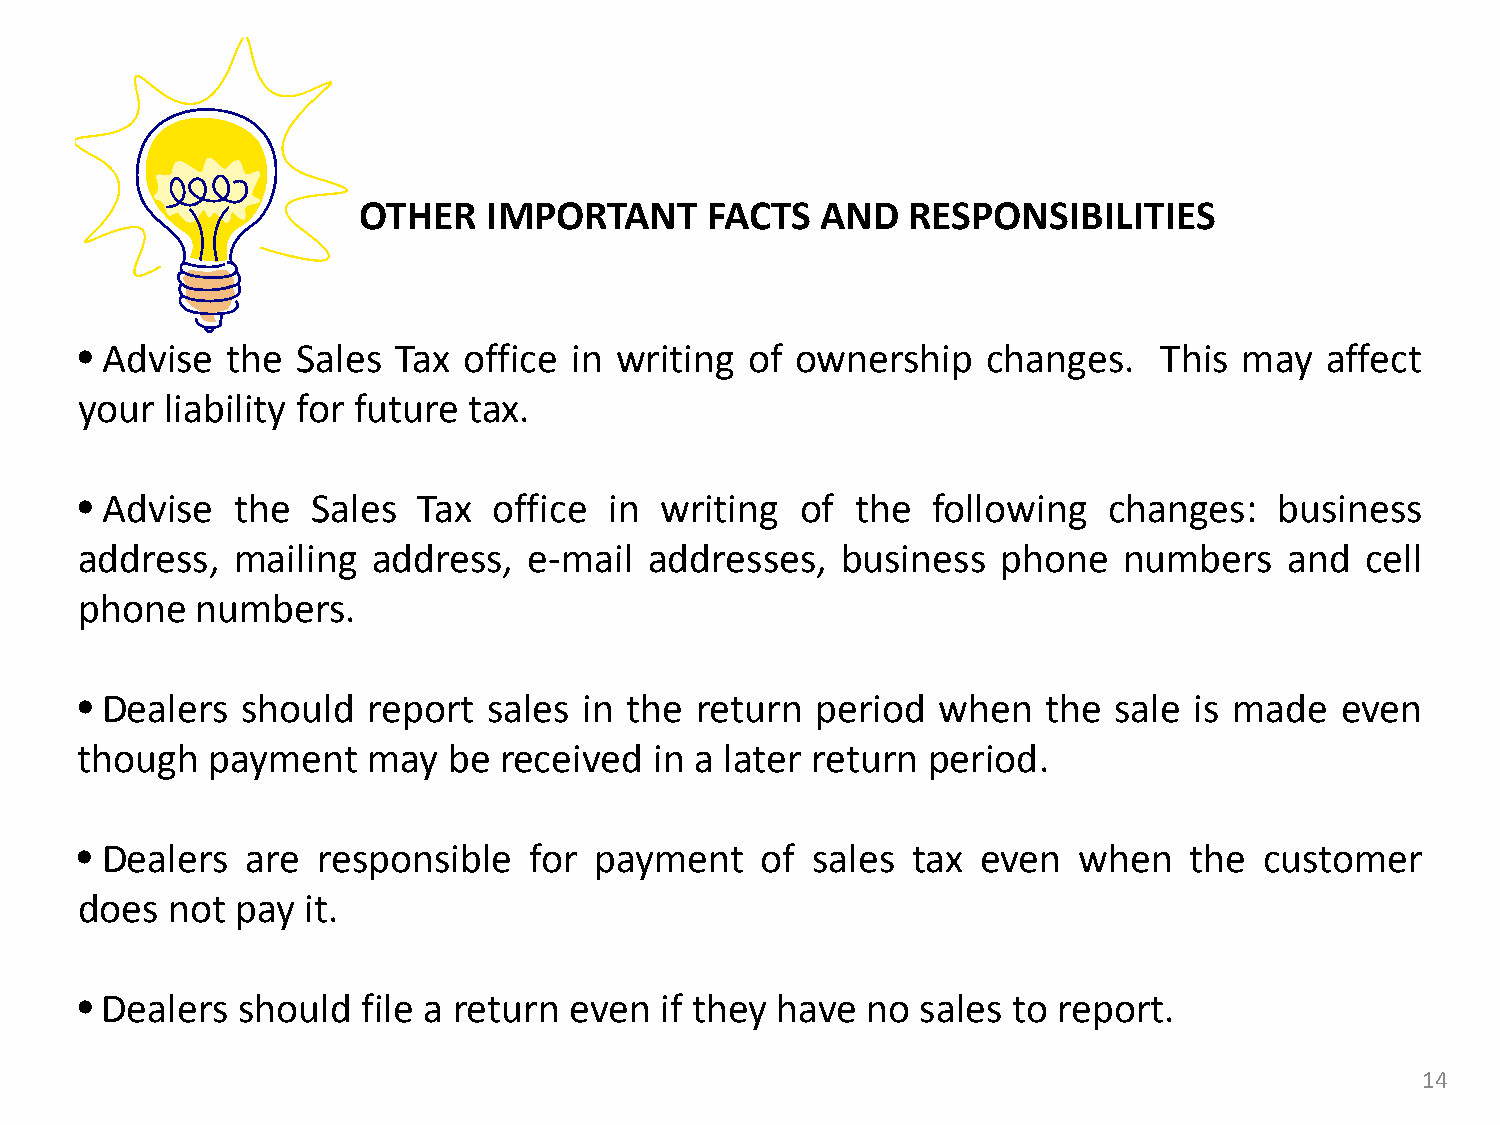
OTHER   IMPORTANT      FACTS  AND   RESPONSIBILITIES
 • Advise  the  Sales Tax  office in writing of  ownership   changes.    This may   affect
 your  liability for future tax.
 • Advise  the   Sales  Tax  office in  writing  of  the  following  changes:    business
 address,  mailing   address,  e-mail  addresses,   business  phone   numbers    and  cell
 phone   numbers.
 • Dealers  should  report  sales  in the return  period  when   the  sale is made   even
 though   payment   may   be received  in a later return period.
 • Dealers  are  responsible   for payment    of  sales tax  even  when    the  customer
 does  not  pay it.
 • Dealers  should  file a return even  if they have no  sales to report.
 14